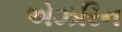
એઝરિન